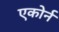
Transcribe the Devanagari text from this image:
एकोर्न